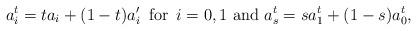
LaTeX: \begin{align*}a_i^t = t a_i + (1-t) a_{i}^{\prime} \, \textrm{ for }\, i = 0,1 \textrm{ and } a_s^t = s a_1^t + (1-s) a_0^t,\end{align*}